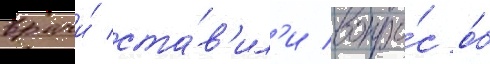
врачи́ ста́в'ил'и вопро́с о́б